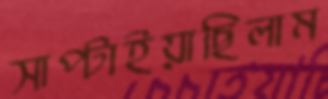
সাপ্‌টাইয়াছিলাম